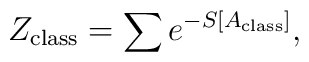
Z_{\rm class}=\sum e^{-S[A_{\rm class}]},